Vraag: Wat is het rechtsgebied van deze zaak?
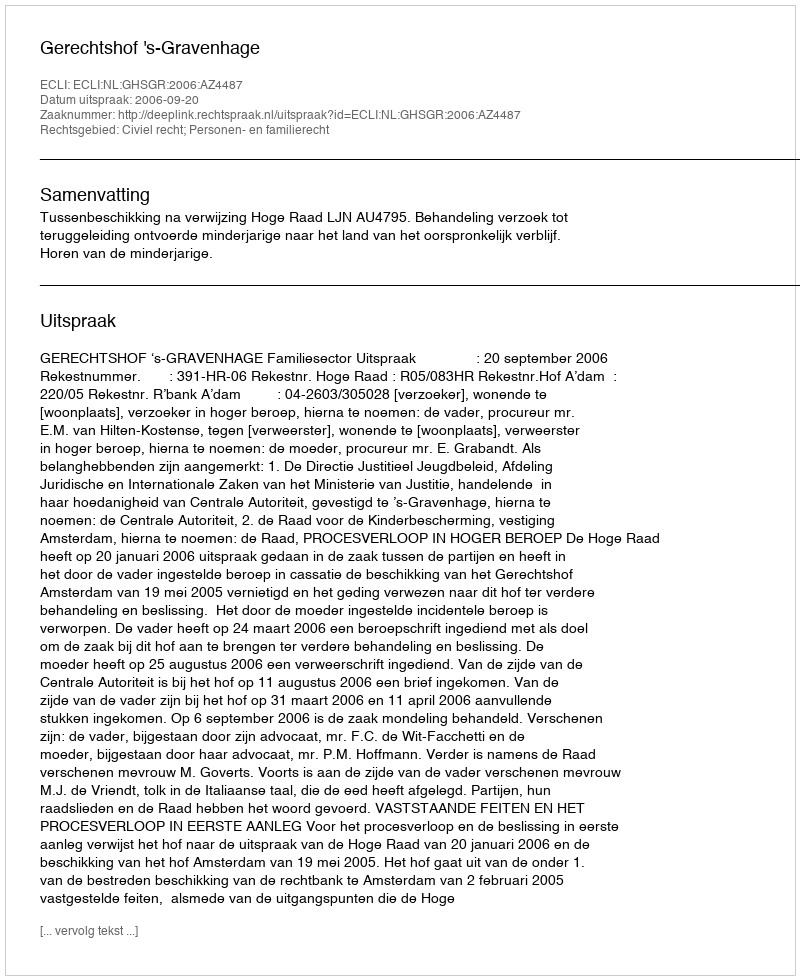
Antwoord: Civiel recht; Personen- en familierecht